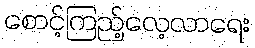
စောင့်ကြည့်လေ့လာရေး